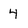
Character: 4